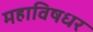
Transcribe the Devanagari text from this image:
महाविषधर